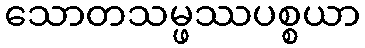
သောတသမ္ဖဿပစ္စယာ